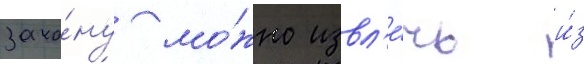
зако́ну мо́жно извл'е́чь и́з